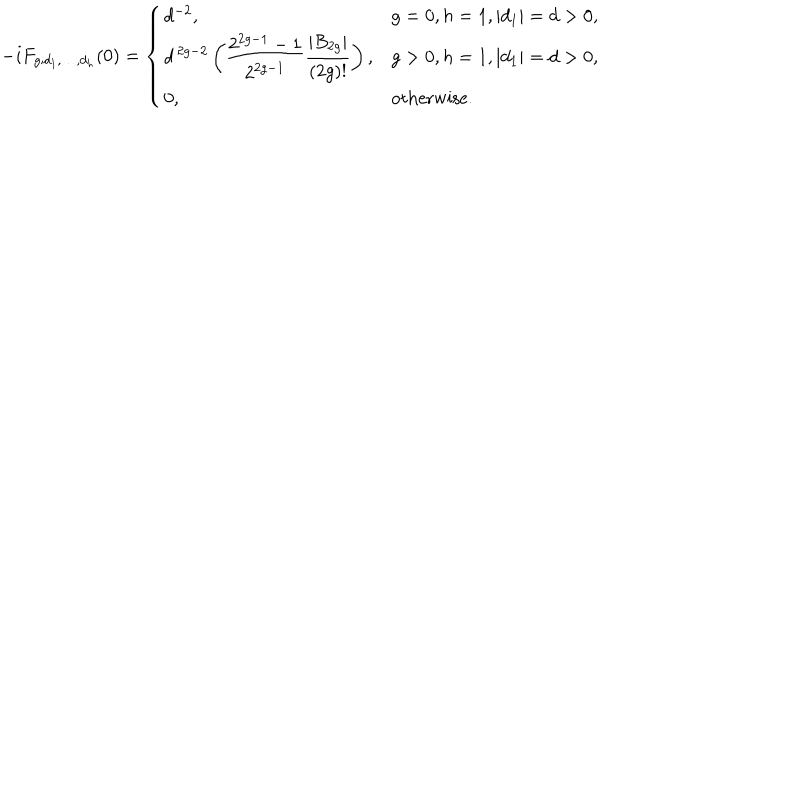
- i F _ { g ; d _ { 1 } , \ldots , d _ { h } } ( 0 ) = \left\{ \begin{array} { l l } { { { d ^ { - 2 } } , } } & { { g = 0 , h = 1 , | d _ { 1 } | = d > 0 , } } \\ { { \displaystyle d ^ { \, 2 g - 2 } \left( { \frac { 2 ^ { 2 g - 1 } - 1 } { 2 ^ { 2 g - 1 } } } { \frac { | B _ { 2 g } | } { ( 2 g ) ! } } \right) , } } & { { g > 0 , h = 1 , | d _ { 1 } | = d > 0 , } } \\ { { 0 , } } & { { \mathrm { o t h e r w i s e } . } } \\ \end{array} \right.